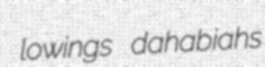
lowings dahabiahs